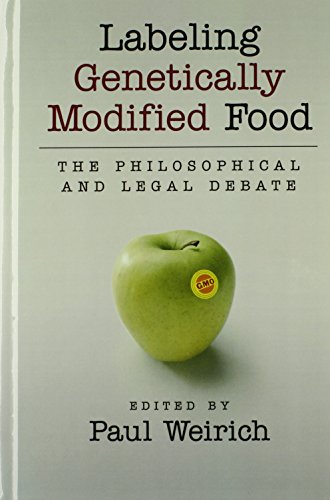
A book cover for Labeling Genetically Modified Food: The Philosophical and Legal Debate; Health, Fitness & Dieting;